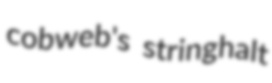
cobweb's stringhalt